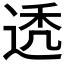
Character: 𬨩